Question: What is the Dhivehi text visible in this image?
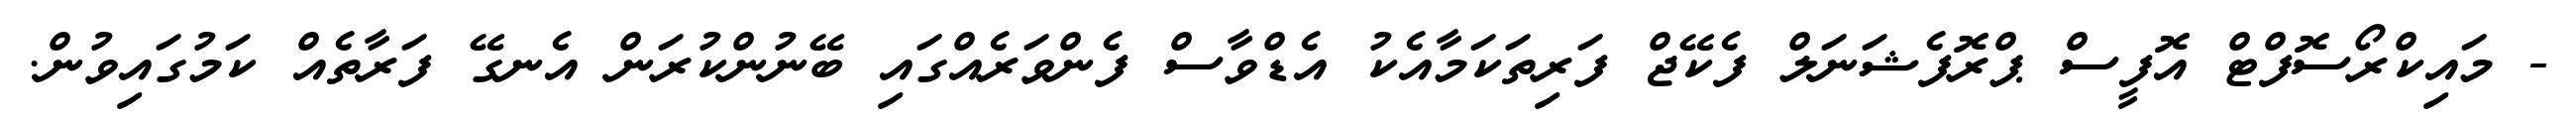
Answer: - މައިކްރޯސޮފްޓް އޮފީސް ޕްރޮފެޝަނަލް ފެކޭޖް ފަރިތަކަމާއެކު އެޑްވާސް ފެންވަރެއްގައި ބޭނުންކުރަން އެނގޭ ފަރާތެއް ކަމުގައިވުން.